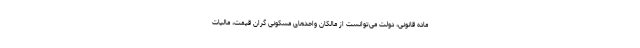
ماده قانونی، دولت می‌توانست از مالکان واحدهای مسکونی گران قیمت، مالیات